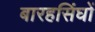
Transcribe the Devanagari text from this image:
बारहसिंघों